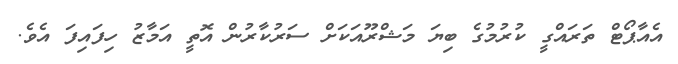
އެއާޕޯޓް ތަރައްގީ ކުރުމުގެ ބިޔަ މަޝްރޫއަކަށް ސަރުކާރުން އޮތީ އަމާޒު ހިފައިފަ އެވެ.